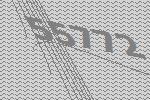
55772